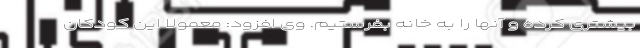
بیشتری کرده و آنها را به خانه بفرستیم. وی افزود: معمولا این کودکان